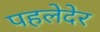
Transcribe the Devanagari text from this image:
पहलेदेर